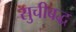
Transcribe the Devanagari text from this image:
सुचीबद्ध